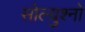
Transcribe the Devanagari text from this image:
सोल्युश्नो